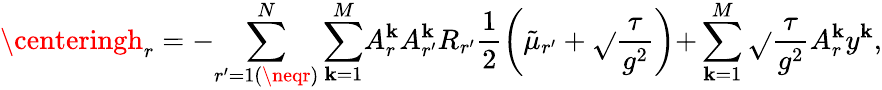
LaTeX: \centeringh_{r}=-{\sum_{r^{\prime}=1(\neqr)}^{N}\sum_{\mathbf{k}=1}^{M}}A_{r}^{\mathbf{k}}A_{r^{\prime}}^{\mathbf{k}}R_{r^{\prime}}\frac{{1}}{{2}}\left(\tilde{{\mu}}_{r^{\prime}}+\sqrt{}{{\frac{{\tau}}{{g^{2}}}}}\right){+}\sum_{\mathbf{k}=1}^{M}\sqrt{}{{\frac{{\tau}}{{g^{2}}}}}{A_{r}^{\mathbf{k}}y^{\mathbf{k}}},